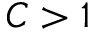
C > 1